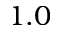
1 . 0